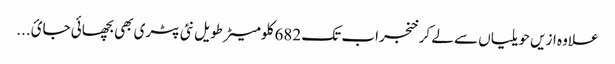
علاوہ ازیں حویلیاں سے لے کر خنجراب تک 682 کلومیٹر طویل نئی پٹری بھی بچھائی جائ...